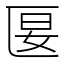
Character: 匽